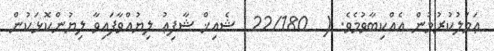
ޢަމަލުކުރުމުން އެއްކިބާވުމެވެ. (  22/180  ޝެއިޚް ޝާފިޢު ލިޔުއްވާފައިވާ ލިޔުންކޮޅަކުން